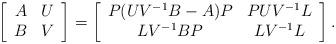
LaTeX: \begin{align*}\left[\begin{array}{cc} A&U\\B&V \end{array}\right]=\left[\begin{array}{cc} P(UV^{-1}B-A)P&PUV^{-1}L\\LV^{-1}BP&LV^{-1}L \end{array}\right].\end{align*}